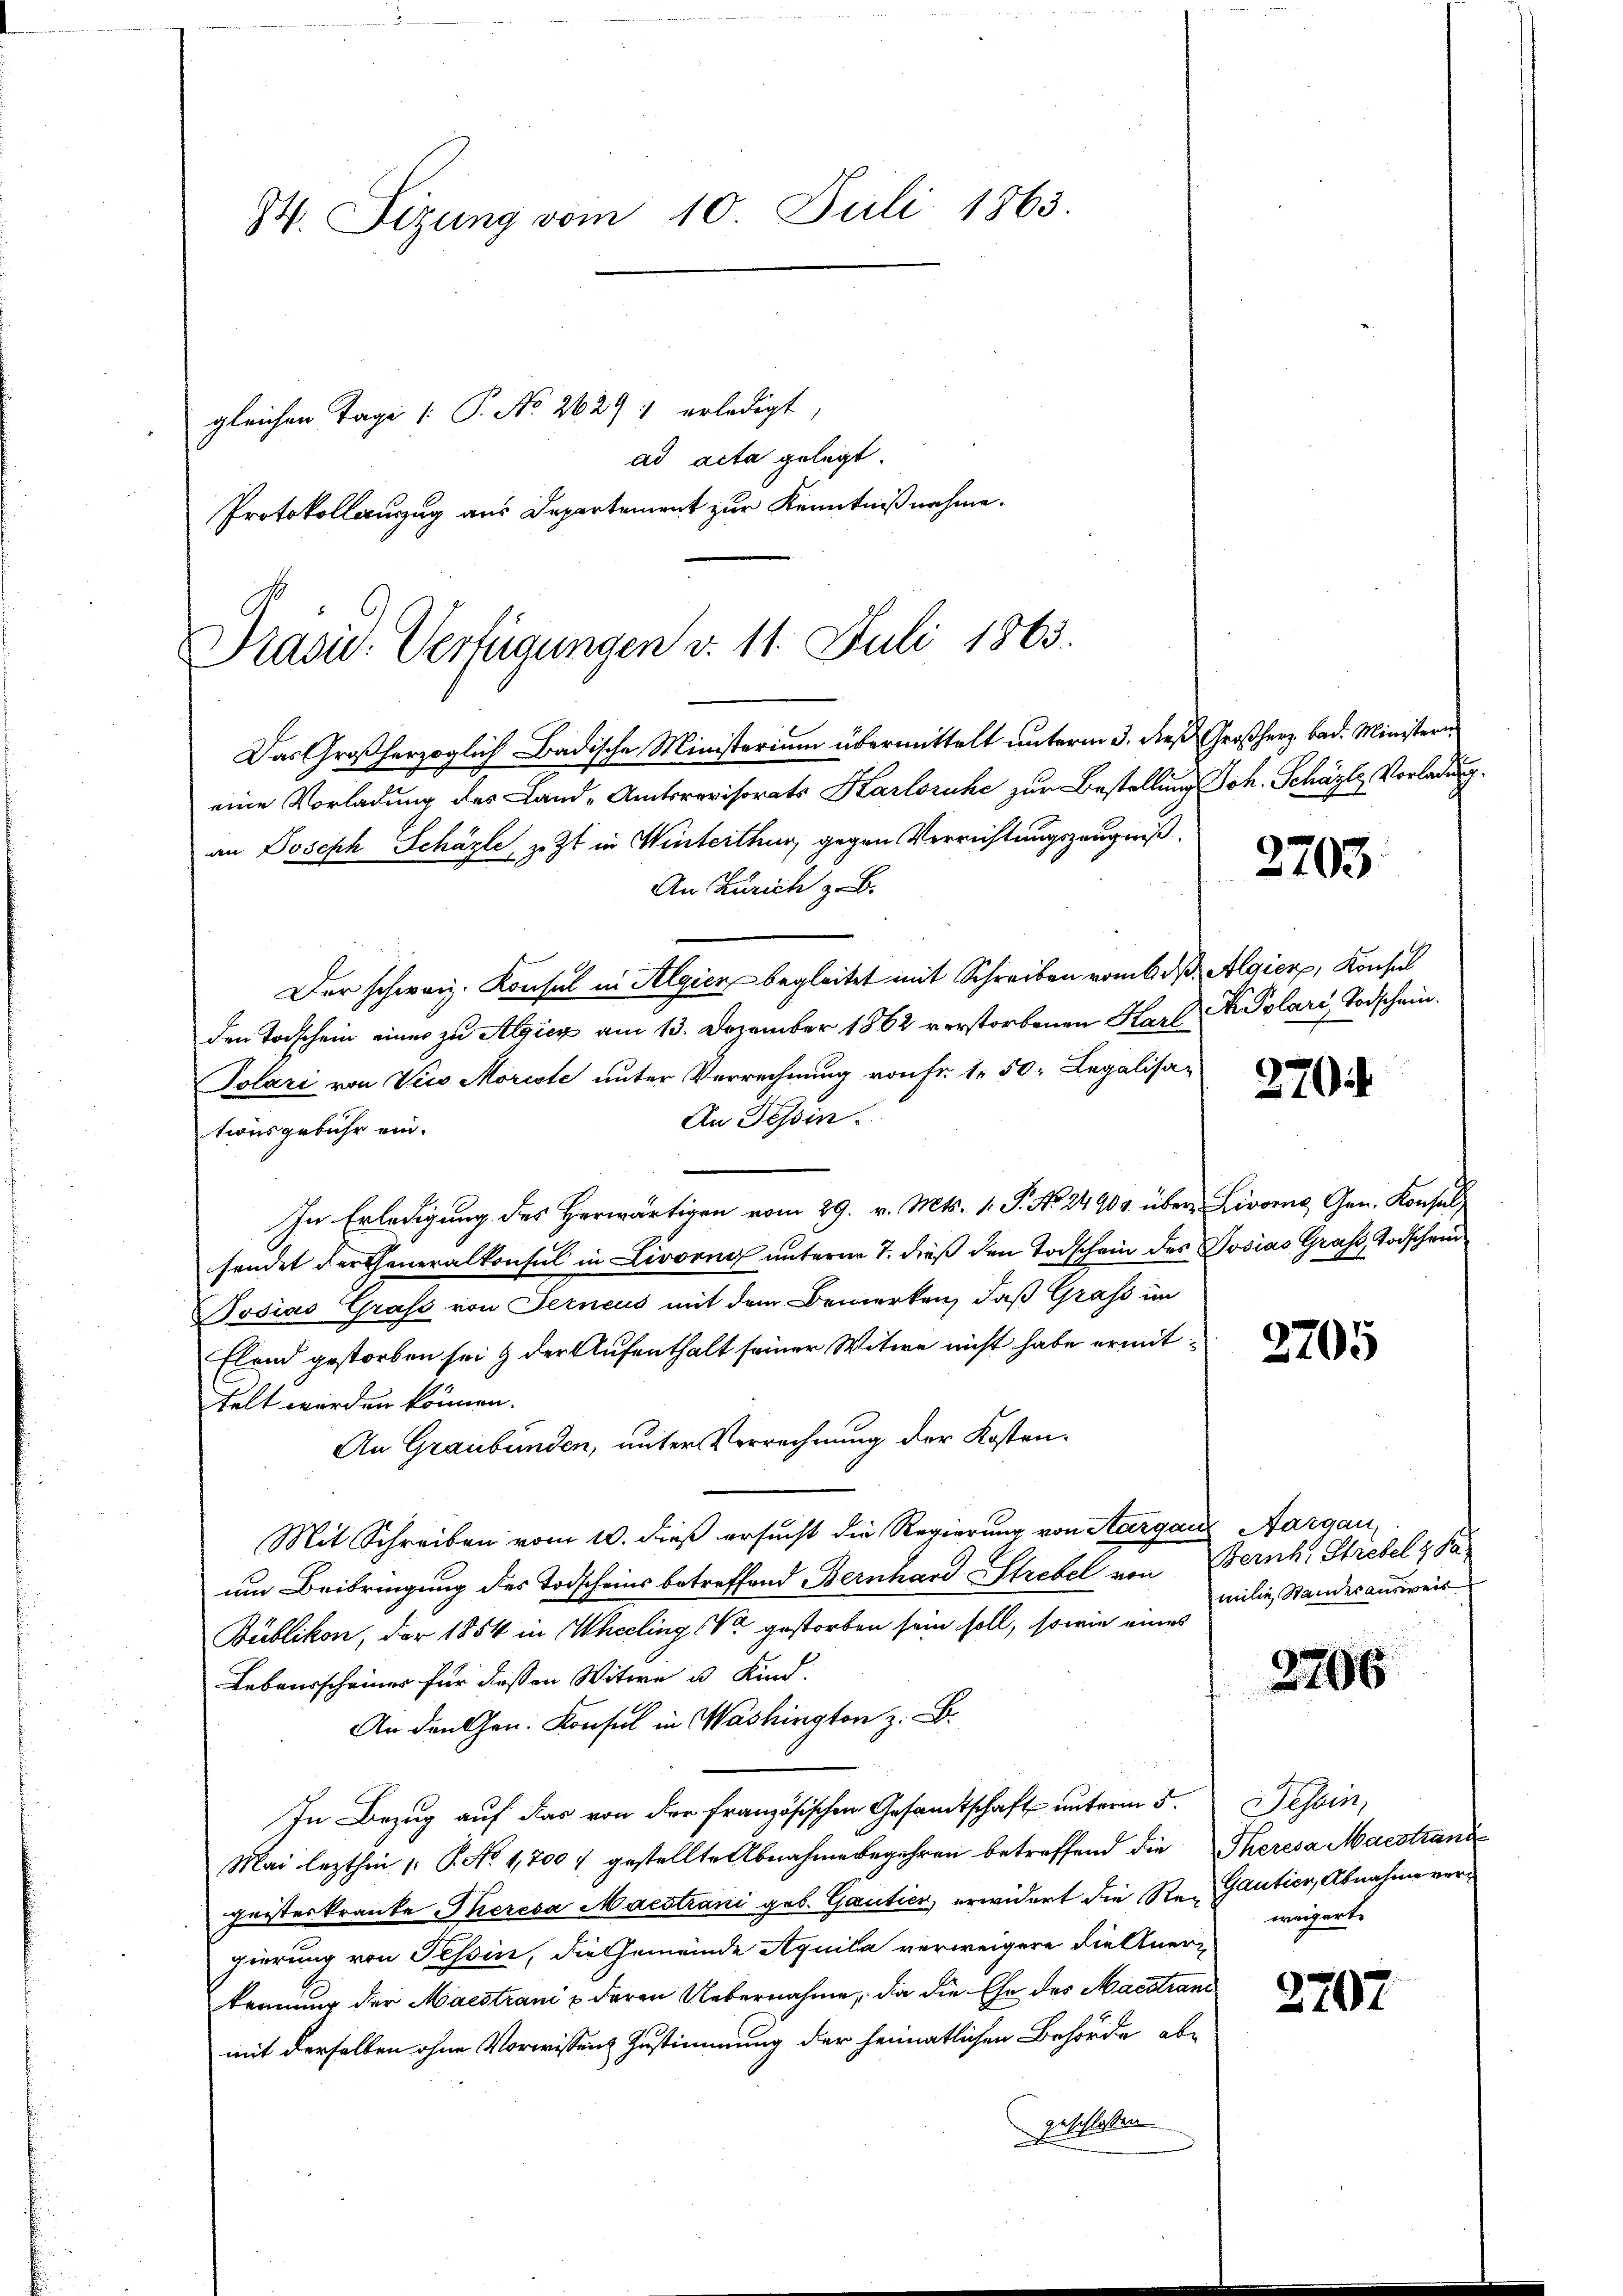
W. Sizung vom 10. Juli 1863.

gleichen Tage /: P. No 2629 erledigt,
ad acta gelegt.
Protokollauszug aus Departement zur Kenntnißnahme.

Prasis. Verfügungen d. 11. Juli 1863.

Das Großherzoglich Badische Ministerium übermittelt unterm 3. dieß Großherz bad. Ministern
eine Vorladung des Land-Amtsrevisorats Karlsruhe zur Bestellung Joh. Schäztz, Vorladung.
an Joseph Schäzle, zuzt in Winterthur gegen Verrichtungszeugniß
An Zürich z. B.
Der schweiz. Konsul in Algien begleitet mit Schreiben vom 6. ds. Algier, Konsul
den Todschein einer zu Algien am 13. Dezember 1862 verstorbenen Karl N. Polari, Todschein.
Polari von Vico Moriste unter Verrechnung von Fr. 1. 50. Legalisa-
An Tessin.
tionsgebühr ein.
In Erledigung des Herwärtigen vom 29. v. Mts. 1. P. No. 24904. über Livorne Gen. Konsul
sendet der Generalkonsul in Livorno unterm 7. dieß den Todschein des Josias Grafs, Todschein
Tosias Grafs von Ferneus mit dem Bemerken, daß Graf im
Elend gestorben sei & der Aufenthalt seiner Witwe nicht habe ermittelt werden können.
An Graubünden, unter Verrechnung der Kosten¬
Mit Schreiben vom 10. dieß ersucht die Regierung von Aargaus Aargau,
um Beibringung des Todscheins betreffend Bernhard Strebel von Bernh. Strebel & da
Bublikon, der 1854 in Theeling, Vor gestorben sein soll, sowie eines
Lebensscheines für deßen Witwe u Kind.
An den Gen. Konsul in Washington z. B.
In Bezug auf das von der französischen Gesandtschaft unterm 5.
Mai lezthin 1. P. No 1,700 7 gestellte Abnahme begehren betreffend die Theresa Macstrande
geisterkranke Theresa Macostrani geb. Gantier, erwidert die Rei Gautier, Abnahme vergierung von Tessin, die Gemeinde Aquila verweigere die Anerkennung der Maestrani u deren Uebernahme, da die Ehe des Machtrand
mit derselben ohne Vorwissen Zustimmung der heimatlichen Behörde abe
geschlossen

2703.

270

2705

milie, Standesausweis

2206

Tessin,
weigert.

2707